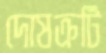
দোষক্রটি